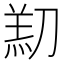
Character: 𫦑